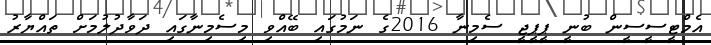
އެމްޓީސީސީން ބުނީ ޕީޕީޖީ ސެމިނާ 2016ގެ ނަމުގައި ބޭއްވި މިސެމިނާގައި ދަވާދުލުމަށް ތައްޔާރު